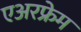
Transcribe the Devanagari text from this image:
एअरफ्रेम